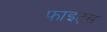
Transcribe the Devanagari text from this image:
फाइट्स